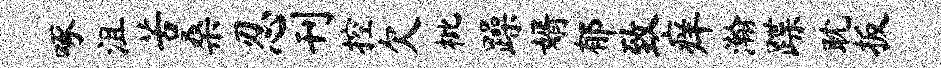
啄沮苦桑忍刊控欠枇躁婿郁致痒瀚蹀耽扳